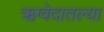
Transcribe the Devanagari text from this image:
ऋग्वेदातल्या